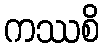
ကဿစိ